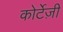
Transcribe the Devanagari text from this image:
कोर्टेज़ी